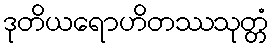
ဒုတိယရောဟိတဿသုတ္တံ